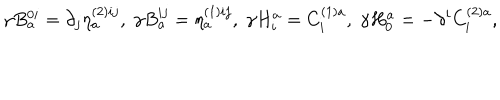
LaTeX: \gamma B _ { a } ^ { 0 i } = \partial _ { j } \eta _ { a } ^ { ( 2 ) i j } , \; \gamma B _ { a } ^ { i j } = \eta _ { a } ^ { ( 1 ) i j } , \; \gamma H _ { i } ^ { a } = C _ { i } ^ { ( 1 ) a } , \; \gamma H _ { 0 } ^ { a } = - \partial ^ { i } C _ { i } ^ { ( 2 ) a } ,